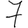
Digit: 7